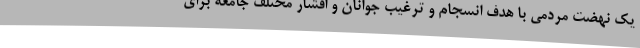
یک نهضت مردمی با هدف انسجام و ترغیب جوانان و اقشار مختلف جامعه برای